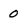
Character: 0